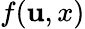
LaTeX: f(\mathbf{u},x)